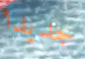
جديدا